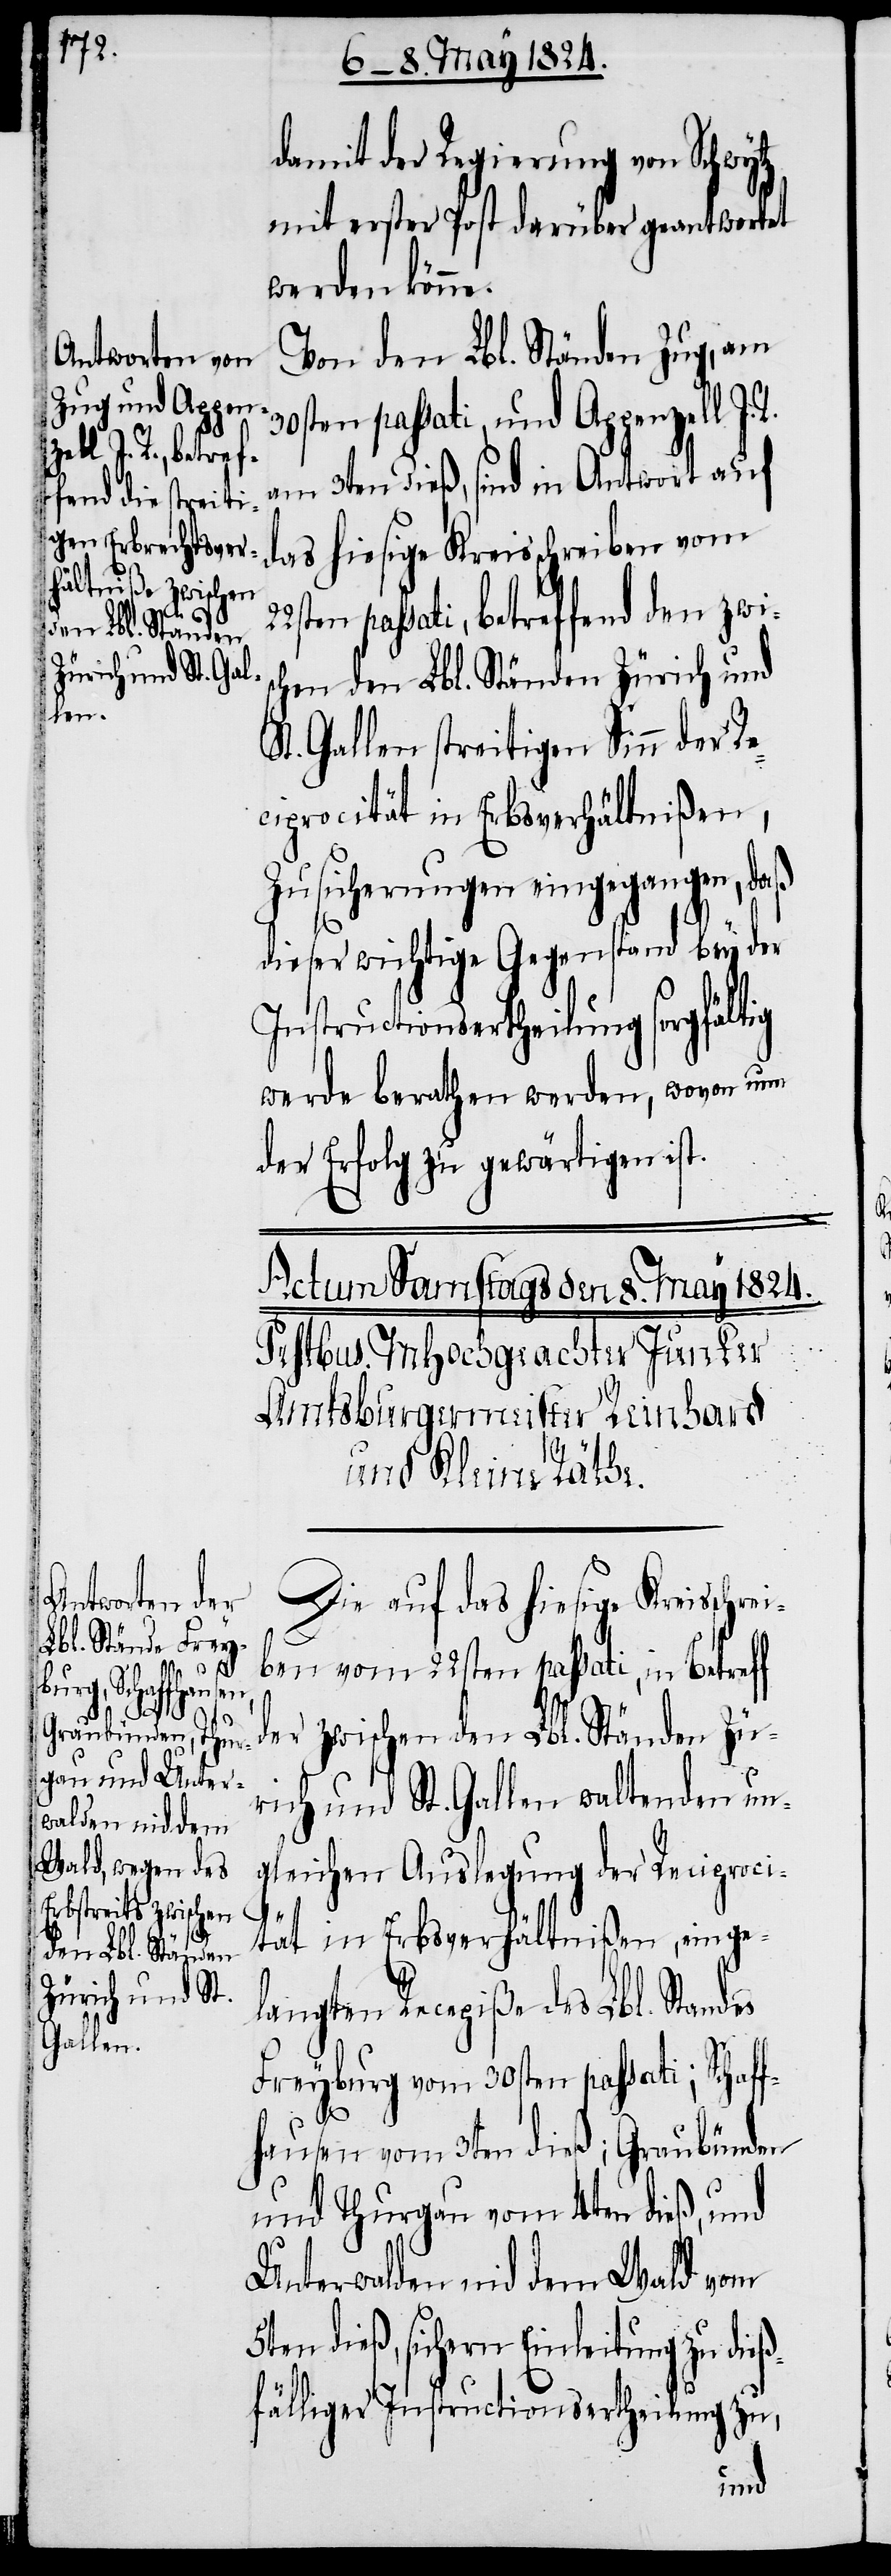
22s¬
rei¬

damit der Regierung von Schwytz
mit erster Post darüber geantwortet
werden könne.
Von den Lbl. Ständen Zug, am
30sten passati, und Appenzell I.
am 3ten dieß, sind in Antwort auf
das hiesige Kreisschreiben vom
ten passati, betreffend den zwis¬
chen den Lbl. Ständen Zürich und
St. Gallen streitigen Sinn der Re¬
ciprocität in Erbsverhältnißen,
Zusicherungen eingegangen, daß
dieser wichtige Gegenstand bey der
Instructionsertheilung sorgfältig
werde berathen werden, wovon nun
der Erfolg zu gewärtigen ist.
Die auf das hiesige Kreissch¬
ben vom 22sten passati, in Betreff
der zwischen den Lbl. Ständen Zü¬
rich und St. Gallen waltenden un¬
gleichen Auslegung der Reciproci¬
tät in Erbsverhältnißen, einge¬
langten Recepiße des Lbl. Standes
Freyburg vom 30sten passati; Schaff¬
hausen vom 3ten dieß; Graubünden
und Thurgau vom 4ten dieß, und
Unterwalden nid dem Wald vom
5ten dieß, sichern Einleitung zu die¬
ßfälliger Instructionsertheilung zu,